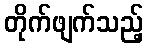
တိုက်ဖျက်သည့်